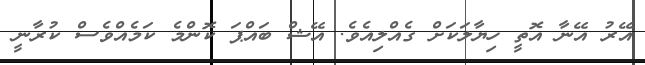
އޭރު އޭނާ އޮތީ ހިޔާލަކަށް ގެއްލިއެވެ. އޭޝް ބައްޕަ ކޮންމެ ކަމެއްވެސް ކުރާނީ